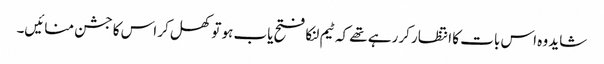
شاید وہ اس بات کا انتظار کررہے تھے کہ ٹیم لنکا فتح یاب ہو تو کھل کر اس کا جشن منائیں۔